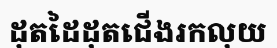
ដុតដៃដុតជើងរកលុយ